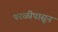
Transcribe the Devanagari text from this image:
परळीपासून